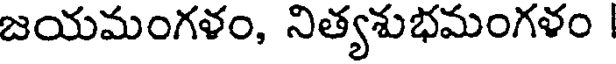
జయమంగళం, నిత్యశుభమంగళం